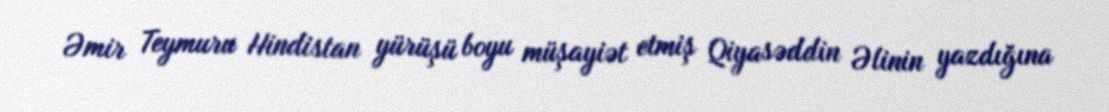
Əmir Teymuru Hindistan yürüşü boyu müşayiət etmiş Qiyasəddin Əlinin yazdığına